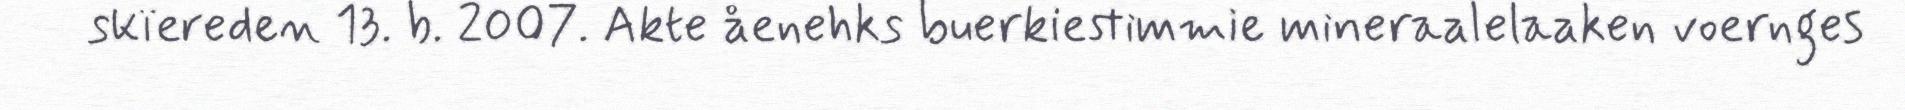
skïereden 13. b. 2007. Akte åenehks buerkiestimmie mineraalelaaken voernges